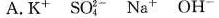
A. K^{＋} SO_{4}^{2-} Na^{＋} OH^{-}